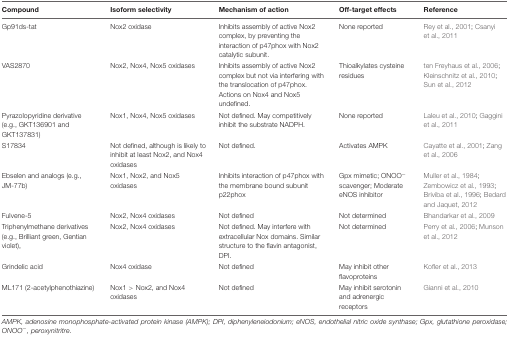
<table><thead><tr><td><b>Compound</b></td><td><b>Isoform selectivity</b></td><td><b>Mechanism of action</b></td><td><b>Off-target effects</b></td><td><b>Reference</b></td></tr></thead><tbody><tr><td>Gp91ds-tat</td><td>Nox2 oxidase</td><td>Inhibits assembly of active Nox2 complex, by preventing the interaction of p47phox with Nox2 catalytic subunit.</td><td>None reported</td><td>Rey et al., 2001; Csanyi et al., 2011</td></tr><tr><td>VAS2870</td><td>Nox2, Nox4, Nox5 oxidases</td><td>Inhibits assembly of active Nox2 complex but not via interfering with the translocation of p47phox. Actions on Nox4 and Nox5 undefined.</td><td>Thioalkylates cysteine residues</td><td>ten Freyhaus et al., 2006; Kleinschnitz et al., 2010; Sun et al., 2012</td></tr><tr><td>Pyrazolopyridine derivative (e.g., GKT136901 and GKT137831)</td><td>Nox1, Nox4, Nox5 oxidases</td><td>Not defined. May competitively inhibit the substrate NADPH.</td><td>None reported</td><td>Laleu et al., 2010; Gaggini et al., 2011</td></tr><tr><td>S17834</td><td>Not defined, although is likely to inhibit at least Nox2, and Nox4 oxidases</td><td>Not defined.</td><td>Activates AMPK</td><td>Cayatte et al., 2001; Zang et al., 2006</td></tr><tr><td>Ebselen and analogs (e.g., JM-77b)</td><td>Nox1, Nox2, and Nox5 oxidases</td><td>Inhibits interaction of p47phox with the membrane bound subunit p22phox</td><td>Gpx mimetic; ONOO<sup>-</sup> scavenger; Moderate eNOS inhibitor</td><td>Muller et al., 1984; Zembowicz et al., 1993; Briviba et al., 1996; Bedard and Jaquet, 2012</td></tr><tr><td>Fulvene-5</td><td>Nox2, Nox4 oxidases</td><td>Not defined</td><td>Not determined</td><td>Bhandarkar et al., 2009</td></tr><tr><td>Triphenylmethane derivatives (e.g., Brilliant green, Gentian violet),</td><td>Nox2, Nox4 oxidases</td><td>Not defined. May interfere with extracellular Nox domains. Similar structure to the flavin antagonist, DPI.</td><td>Not determined</td><td>Perry et al., 2006; Munson et al., 2012</td></tr><tr><td>Grindelic acid</td><td>Nox4 oxidase</td><td>Not defined</td><td>May inhibit other flavoproteins</td><td>Kofler et al., 2013</td></tr><tr><td>ML171 (2-acetylphenothiazine)</td><td>Nox1 &gt; Nox2, and Nox4 oxidases</td><td>Not defined</td><td>May inhibit serotonin and adrenergic receptors</td><td>Gianni et al., 2010</td></tr></tbody></table>